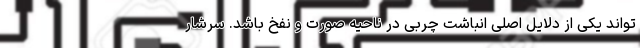
تواند یکی از دلایل اصلی انباشت چربی در ناحیه صورت و نفخ باشد. سرشار